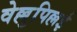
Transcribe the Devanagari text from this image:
वेल्लुपिल्लई